King Institute of Preventive Medicine Micro-Biological Section reports 1909-11
Year: 1909
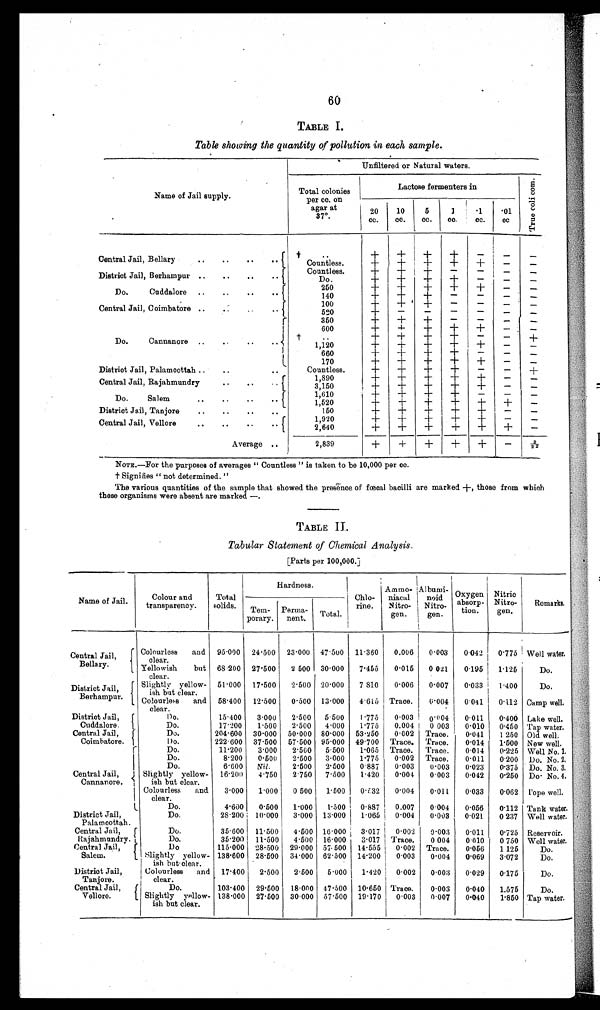
60
TABLE I.
Table showing the quantity of pollution in each sample.
Name of Jail supply.
Unfiltered or Natural waters.
Total colonies
per cc. on
agar at
37°.
Lactose fermenters in
T r u e c o l i c o m .
20
cc.
10
cc.
5
cc.
1
co.
· 1
cc.
•01
cc
Central Jail, Bellary
.. .. ..
. . ..
+ +
+ +
+
—
—
Countless.
+
+
+ +
+ —
—
District Jail, Berhampur .. .. ..
. . Countless
+
+
+ +
+
—
—
Do.
+ + + +
—
— —
Do. Cuddalore .. .. ..
. .
250
+
+ + + +
—
—
140
+ + + — —
— —
Central Jail, Coimbatore .. .. .. ..
100
+
+ +
— —
—
—
5 2 0
+
— —
— —
— —
Do. Cannanore .. .. .. ..
350
+ + +
—
—
— —
600
+
+
+ + +
—
—
. .
+ + +
+
—
— +
1,120
+ + +
+ +
—
—
660
+ + + +
—
—
—
170
+ + + + +
—
—
District Jail, Palamcottah .. ..
..
Countless.
+
+
+ +
—
— +
Central Jail, Rajahmundry
1,890
+ + + + +
—
— +
3,150
+ + + + +
—
—
Do. Salem
.. .. . .
. .
1,610
+ +
+ +
—
—
—
1,520
+ + + + + +
—
District Jail, Tanjore .. .. .. ..
150
+
+
+ +
+
—
—
Central Jail, Vellore
..
..
. .
1,920
+
+ + + +
—
—
2,640
+ +
+ + + +
—
Average ..
2,839
+ + + + +
—
2 / 2 2
NOTE.—For the purposes of averages " Countless " is taken to be 10,000 per cc.
† S i g n i f i e s " n o t d e t e r m i n e d . "
The various quantities of the sample that showed the presence of fœcal bacilli are marked +, those from which
these organisms were absent are marked —.
TABLE II.
Tabular Statement of Chemical Analysis.
[Parts per 100,000.]
Name of Jail
Colour and
transparency.
Total
solids.
Hardness.
Chlo
rine.
Ammo-
niacal
Nitro-
gen.
A l b u m i -
noid
Nitro-
gen.
Oxygen
absorp-
tion.
Nitric
Nitro-
gen.
Remarks.
Tem-
porary.
Perma-
nent. Total.
Central Jail,
Bellary.
Colourless and
clear.
95.000 24.500 23.000 47.500 11.360 0.006 0.003 0.042 0.775 Wel l wat er .
Yellowish but
clear.
68.200 27.500 2.500 30.000 7.455 0.015 0.021 0.195 1.125
Do.
District Jail
, Berhampur.
Slightly yellow-
ish bat clear.
51.000 17.500 2.500 20.000 7.810 0.006 0.007 0.033 1.400
Do.
Colourless and
clear.
58.400 12.500 0.500 13.000 4.615 Trace. 0.004 0.041 0.112 Camp well.
District Jail,
Cuddalore.
Do.
15.400 3.000 2.500 5.500 1.775 0.003 0.004 0.011 0.400 Lake well.
Do.
17.200 1.500 2.500 4.000 1.775 0.004 0.003 0.010 0.450 Tap water.
Central Jail,
Coimbatore.
Do.
204.600 30.000 50.000 80.000 53.250 0.002 Trace. 0.041 1.250 Old well.
Do.
222.600 37.500 57.500 95.000 49.700 Trace. Trace. 0.014 1.500 New well.
Central Jail,
Cannanore.
Do.
11.200 3.000 2.500 5.500 1.065 Trace. Trace. 0.014 0.225 Well No. 1.
Do.
8.200 0.500 2.500 3.000 1.775 0.002 Trace. 0.011 0.200 Do. No. 2.
Do.
6.600 Nil.
2.500 2.500 0.887 0.003 0.003 0.023 0.375 Do. No. 3.
Slightly yellow-
ish but clear.
16.200 4.750 2.750 7.500 1.420 0.004 0.003 0.042 0.250 Do No. 4.
Colourless and
clear.
3.000 1.000 0.500 1.500 0.132 0.004 0.011 0.033 0.062 Tope well.
Do.
4.600 0.500 1.000 1.500 0.887 0.007 0.004 0.056 0.112 Tank water.
District Jail,
Palamcottah.
Do.
28.200 10.000 3.000 13.000 1.065 0.004 0.003 0.021 0.237 Well water.
Central Jail,
Rajahmundry.
Do.
35.600 11.500 4.500 16.000 3.017 0.002 0.003 0.011 0.725 Reservoir.
Do.
35.200 11.500 4.500 16.000 3.017 Trace. 0.004 0.010 0.750 Well water.
Central Jail,
Salem.
Do
115.000 28.500 29.000 57.500 14.555 0.002 Trace. 0.056 1.125
Do.
Slightly yellow-
ish but clear.
138.600 28.500 34.000 62.500 14.200 0.003 0.004 0.069 3.072
Do.
District Jail,
Tanjore.
Colourless and
clear.
17.400 2.500 2.500 5.000 1.420 0.002 0.003 0.029 0.175
Do.
Central Jail,
Vellore.
Do.
103.400 29.500 18.000 47.500 10.650 Trace. 0.003 0.040 1.575
Do.
Slightly yellow-
ish but clear.
138.000 27.500 30.000 57.500 19.170 0.003 0.007 0.040 1.850 Tap water.